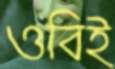
ওবিই